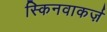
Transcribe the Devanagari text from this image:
स्किनवाकर्ज़